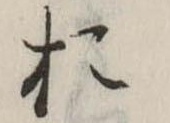
お